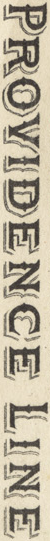
PROVIDENCE LINE